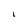
Character: L